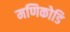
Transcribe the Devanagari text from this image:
मणिकोडि